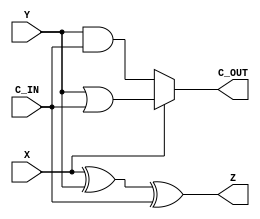
`timescale 1ns / 1ps
`default_nettype none
//////////////////////////////////////////////////////////////////////////////////
// 
// Module Name:    add_1bit 
// Description: 
//
//////////////////////////////////////////////////////////////////////////////////
module add_1bit(X,Y,C_IN,Z,C_OUT);
	//port definitions
	input  wire X;
	input  wire Y;
	input  wire C_IN;
	output wire Z;
	output wire C_OUT;
   
   wire half_sum;
	assign half_sum = X ^ Y;
	assign Z = half_sum ^ C_IN;
	assign C_OUT = X ? (Y | C_IN) : (Y & C_IN);


endmodule
`default_nettype wire